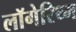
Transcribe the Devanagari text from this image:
लॉगेरिथ्म